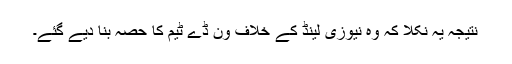
نتیجہ یہ نکلا کہ وہ نیوزی لینڈ کے خلاف ون ڈے ٹیم کا حصہ بنا دیے گئے۔